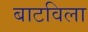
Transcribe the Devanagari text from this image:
बाटविला